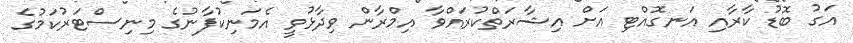
އަގު ބޮޑު ކާރާއި އަނގޮއްޓި އަށް އިޝާރަތްކުރައްވާ އިމްރާން ވިދާޅުވީ އެމަނިކުފާނުގެ މިނިސްޓަރުކަމުގެ